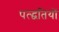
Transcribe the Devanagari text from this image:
पत्द्धतियों